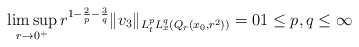
\begin{align*} \limsup_{r \to 0^+} r^{1-\frac{2}{p}-\frac{3}{q}} \|v_3\|_{L^p_tL^q_x(Q_r(x_0,r^2))} = 0 1 \leq p,q \leq \infty\end{align*}